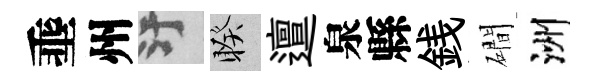
埀州污睽邅泉縣銭磵洲